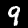
Label: 9